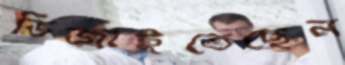
ভিজাইতেছেন